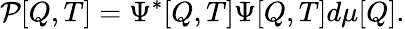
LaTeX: {\cal P}[Q,T]=\Psi^{*}[Q,T]\Psi[Q,T]d\mu[Q].